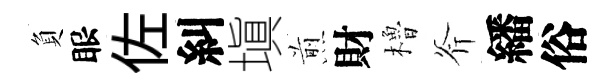
負眼佐糾塡煎財櫓斧繙俗